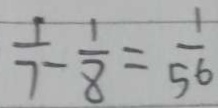
\frac { 1 } { 7 } - \frac { 1 } { 8 } = \frac { 1 } { 5 6 }